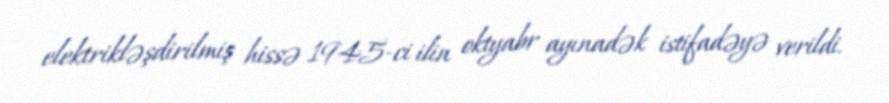
elektrikləşdirilmiş hissə 1945-ci ilin oktyabr ayınadək istifadəyə verildi.